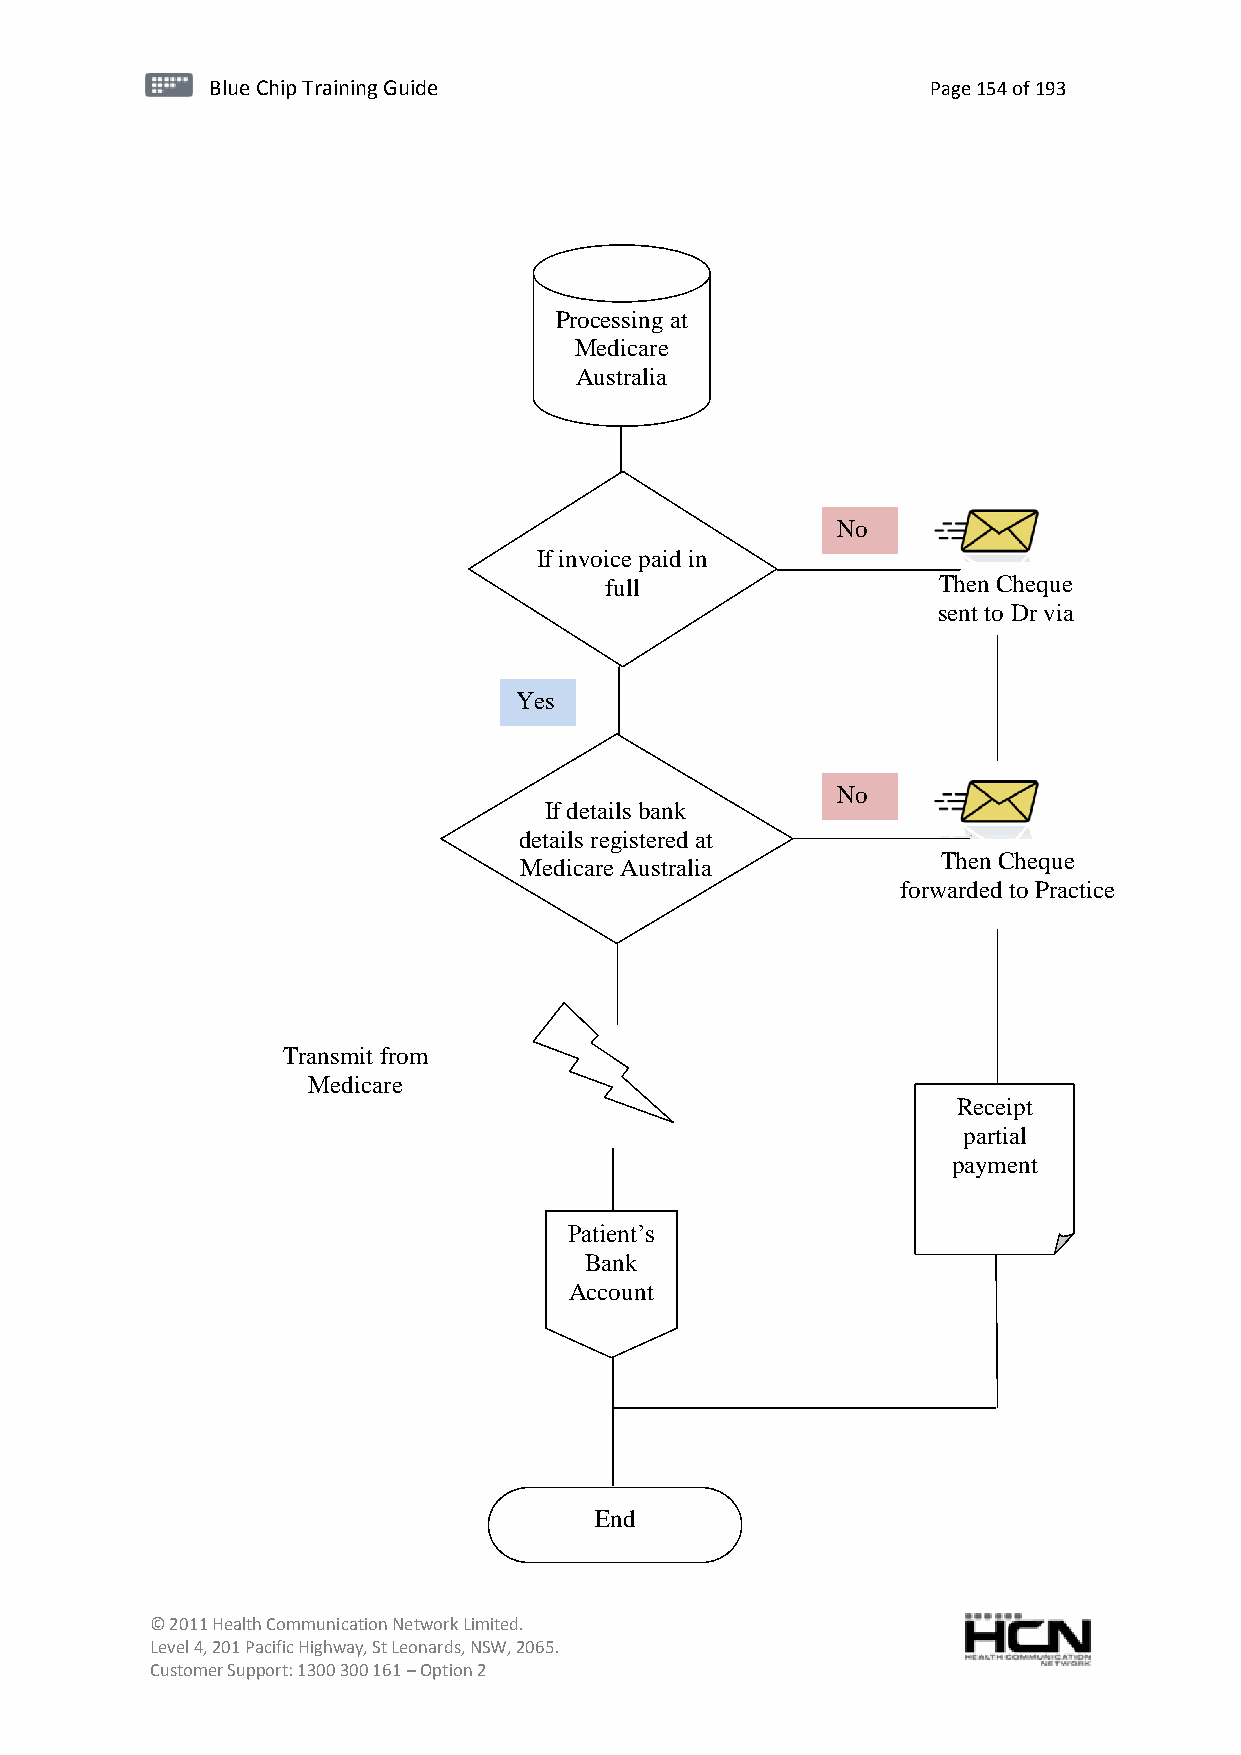
BBlluuee C Chihpi pTr Tairnainingi Gnugi dGeu ide Page 154 of 193
 Processing at
 Medicare
 Australia
 No
 If invoice paid in
 full                  Then Cheque
 sent to Dr via
 patient
 Yes
 No
 If detail s bank
 details registered at
 Then Cheque
 Medicare Australia
 forwarded to Practice
 Transmit from
 Medicare
 Receipt
 partial
 payment
 Patient’s
 Bank
 Account
 End
 © 2011 Health Communication Network Limited.
 Level 4, 201 Pacific Highway, St Leonards, NSW, 2065.
 Customer Support: 1300 300 161 – Option 2